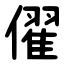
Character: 㒛